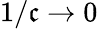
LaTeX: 1/\mathfrak{c}\rightarrow0